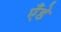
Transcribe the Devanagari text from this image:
एँडे